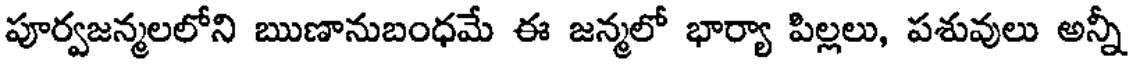
పూర్వజన్మలలోని ఋణానుబంధమే ఈ జన్మలో భార్యా పిల్లలు, పశువులు అన్నీ